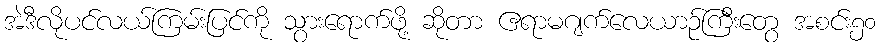
အဲဒီလိုပင်လယ်ကြမ်းပြင်ကို သွားရောက်ဖို့ ဆိုတာ ဧရာမဂျက်လေယာဉ်ကြီးတွေ အစင်း၅၀